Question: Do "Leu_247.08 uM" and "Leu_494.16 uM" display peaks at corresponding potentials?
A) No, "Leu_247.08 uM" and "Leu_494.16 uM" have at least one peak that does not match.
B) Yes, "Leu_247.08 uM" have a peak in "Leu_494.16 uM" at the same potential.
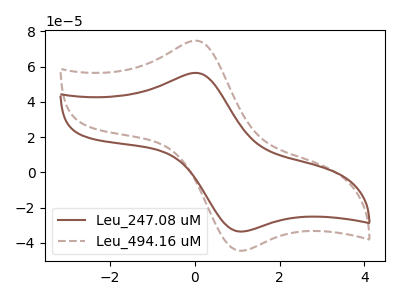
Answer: <think>The brown curve "Leu_247.08 uM" has an anodic peak at (0.05V, 56.45uA) and a cathodic peak at (1.05V, -33.65uA). The brown dashed curve "Leu_494.16 uM" has an anodic peak at (0.05V, 74.75uA) and a cathodic peak at (1.05V, -44.55uA).</think>
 <answer>B) Yes, "Leu_247.08 uM" have a peak in "Leu_494.16 uM" at the same potential.</answer>
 <eval>B</eval>